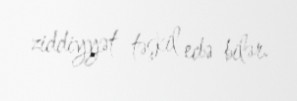
ziddiyyət təşkil edə bilər.